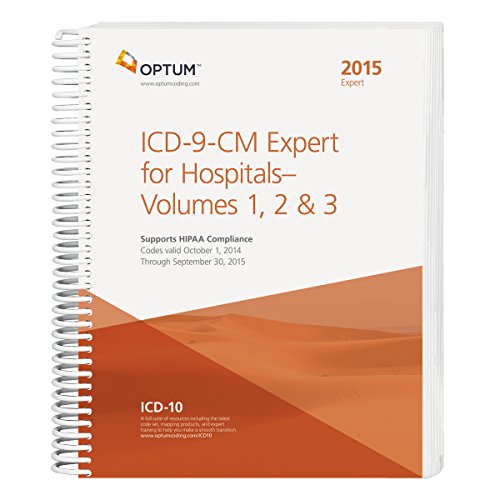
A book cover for ICD-9-CM Expert for Hospitals and Payers, Vol 1, 2 & 3 -- 2015 (Spiral); Optum360; Medical Books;